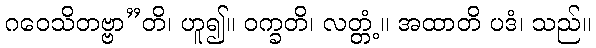
ဂဝေသိတဗ္ဗာ”တိ၊ ဟူ၍။ ဝက္ခတိ၊ လတ္တံ့။ အထာတိ ပဒံ၊ သည်။